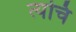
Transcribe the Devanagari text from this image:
त्यचि